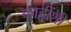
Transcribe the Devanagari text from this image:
काहींशी